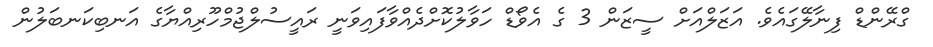
ގްރޭންޑް ފިނާލޭގައެވެ. އަޒަލްއަށް ސީޒަން 3 ގެ އެވޯޑް ހަވާލުކޮށްދެއްވާފައިވަނީ ރައީސުލްޖުމްހޫރިއްޔާގެ އަނބިކަނބަލުން